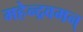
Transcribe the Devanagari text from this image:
महेन्द्रवमन्